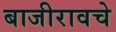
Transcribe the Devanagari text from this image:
बाजीरावचे